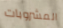
المشروبات